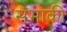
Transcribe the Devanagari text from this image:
सभाकी